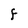
Character: F